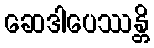
ဆေဒါပေဿန္တိ